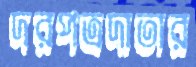
দরপত্রদাতার